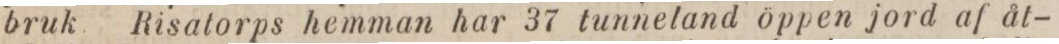
bruk Risatorps hemman har 37 tunneland öppen jord af åt-